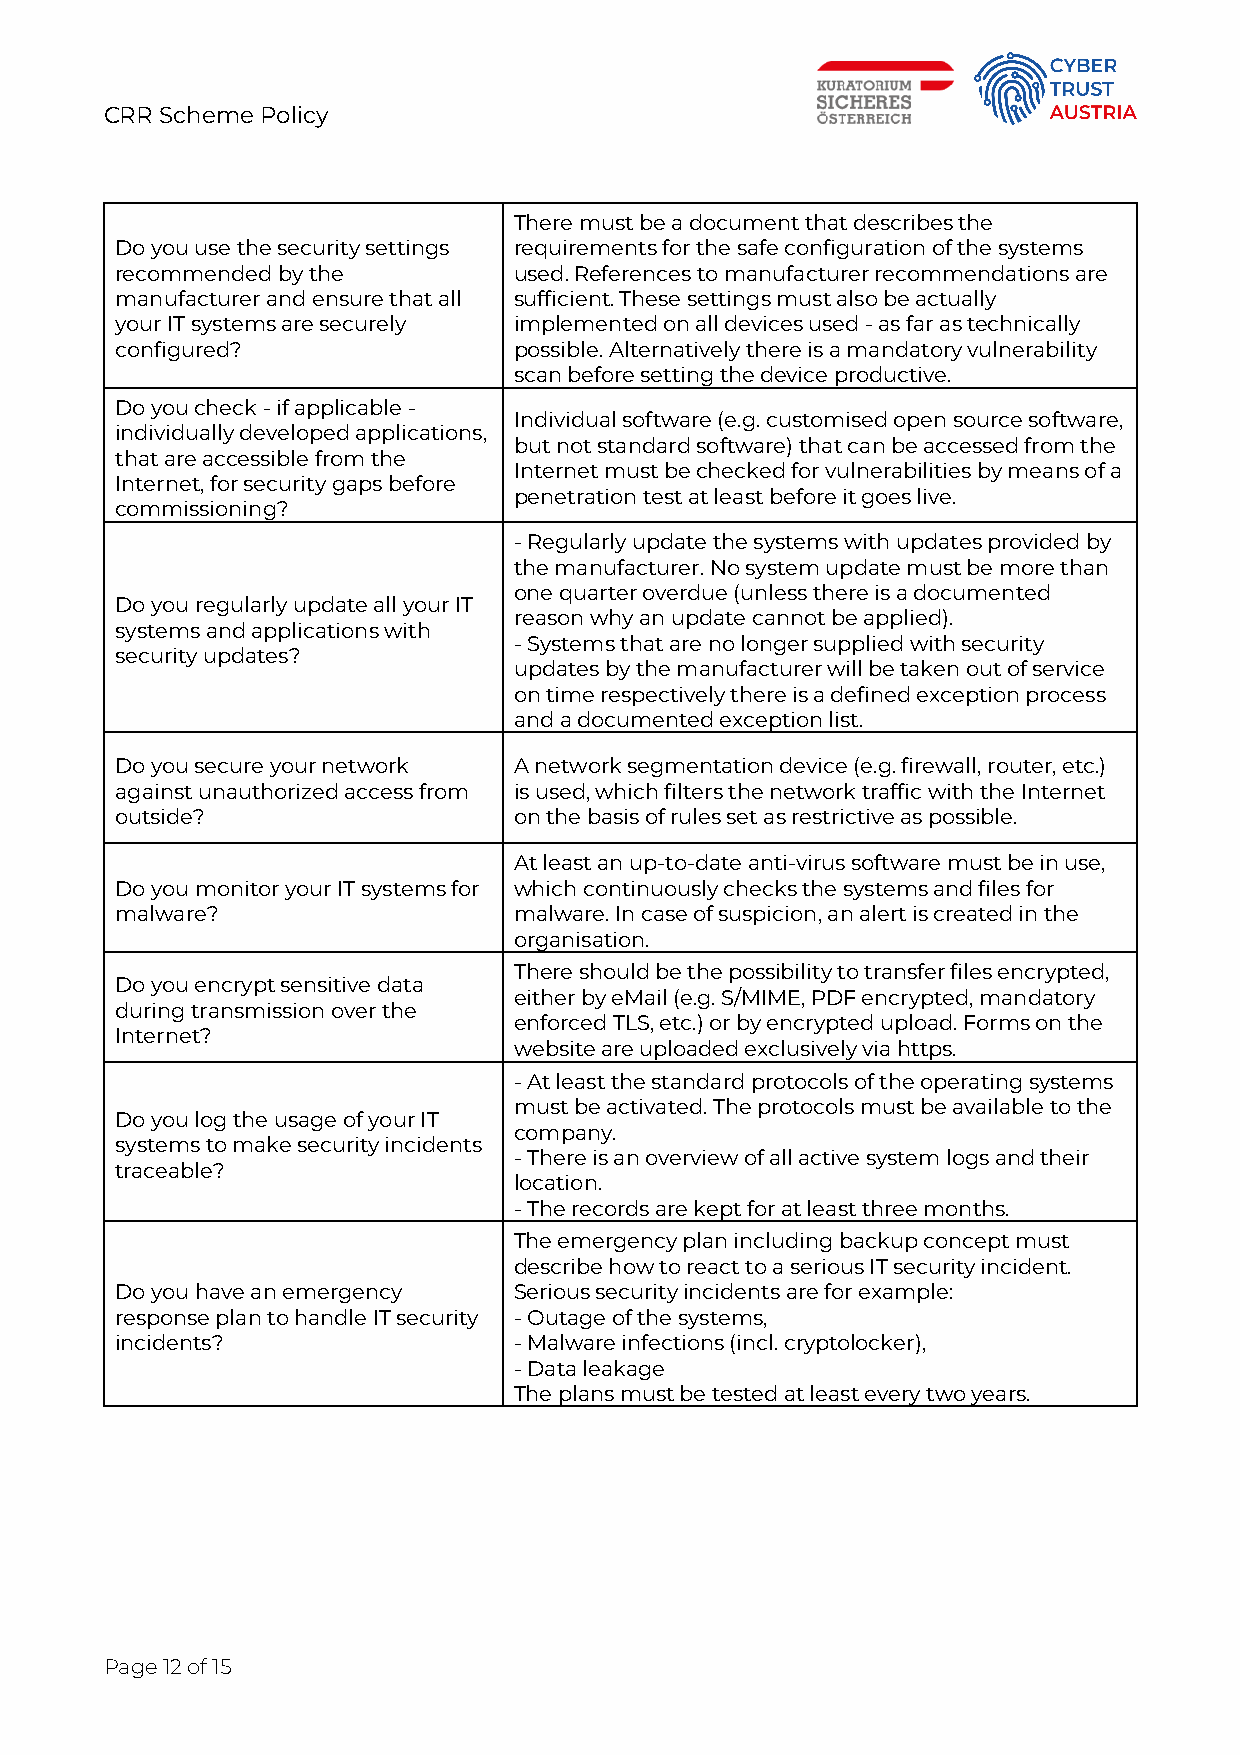
CRR Scheme Policy
 There must be a document that describes the
 Do you use the security settings requirements for the safe configuration of the systems
 recommended by the        used. References to manufacturer recommendations are
 manufacturer and ensure that all sufficient. These settings must also be actually
 your IT systems are securely implemented on all devices used - as far as technically
 configured?               possible. Alternatively there is a mandatory vulnerability
 scan before setting the device productive.
 Do you check - if applicable -
 Individual software (e.g. customised open source software,
 individually developed applications,
 but not standard software) that can be accessed from the
 that are accessible from the
 Internet must be checked for vulnerabilities by means of a
 Internet, for security gaps before
 penetration test at least before it goes live.
 commissioning?
 - Regularly update the systems with updates provided by
 the manufacturer. No system update must be more than
 one quarter overdue (unless there is a documented
 Do you regularly update all your IT
 reason why an update cannot be applied).
 systems and applications with
 - Systems that are no longer supplied with security
 security updates?
 updates by the manufacturer will be taken out of service
 on time respectively there is a defined exception process
 and a documented exception list.
 Do you secure your network A network segmentation device (e.g. firewall, router, etc.)
 against unauthorized access from is used, which filters the network traffic with the Internet
 outside?                  on the basis of rules set as restrictive as possible.
 At least an up-to-date anti-virus software must be in use,
 Do you monitor your IT systems for which continuously checks the systems and files for
 malware?                  malware. In case of suspicion, an alert is created in the
 organisation.
 There should be the possibility to transfer files encrypted,
 Do you encrypt sensitive data
 either by eMail (e.g. S/MIME, PDF encrypted, mandatory
 during transmission over the
 enforced TLS, etc.) or by encrypted upload. Forms on the
 Internet?
 website are uploaded exclusively via https.
 - At least the standard protocols of the operating systems
 must be activated. The protocols must be available to the
 Do you log the usage of your IT
 company.
 systems to make security incidents
 - There is an overview of all active system logs and their
 traceable?
 location.
 - The records are kept for at least three months.
 The emergency plan including backup concept must
 describe how to react to a serious IT security incident.
 Do you have an emergency  Serious security incidents are for example:
 response plan to handle IT security - Outage of the systems,
 incidents?                - Malware infections (incl. cryptolocker),
 - Data leakage
 The plans must be tested at least every two years.
 Page 12 of 15